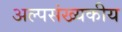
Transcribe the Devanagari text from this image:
अल्पसंख्यकीय